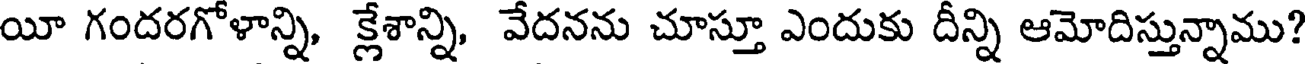
యీ గందరగోళాన్ని, క్లేశాన్ని, వేదనను చూస్తూ ఎందుకు దీన్ని ఆమోదిస్తున్నాము?